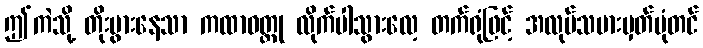
ဤကဲသို့ တိုးပွားနေသာ ကထာဝတ္ထု လိုက်ပါသွားလေ့ တက်ရုံဖြင့် အလုပ်သမားမှတ်ပုံတင်